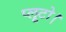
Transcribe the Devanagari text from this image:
प्लूटो।